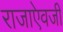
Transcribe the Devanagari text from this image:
राजाएेवजी